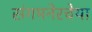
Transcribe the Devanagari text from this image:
संगमनेरचेया